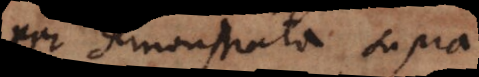
per demonstrata supra.